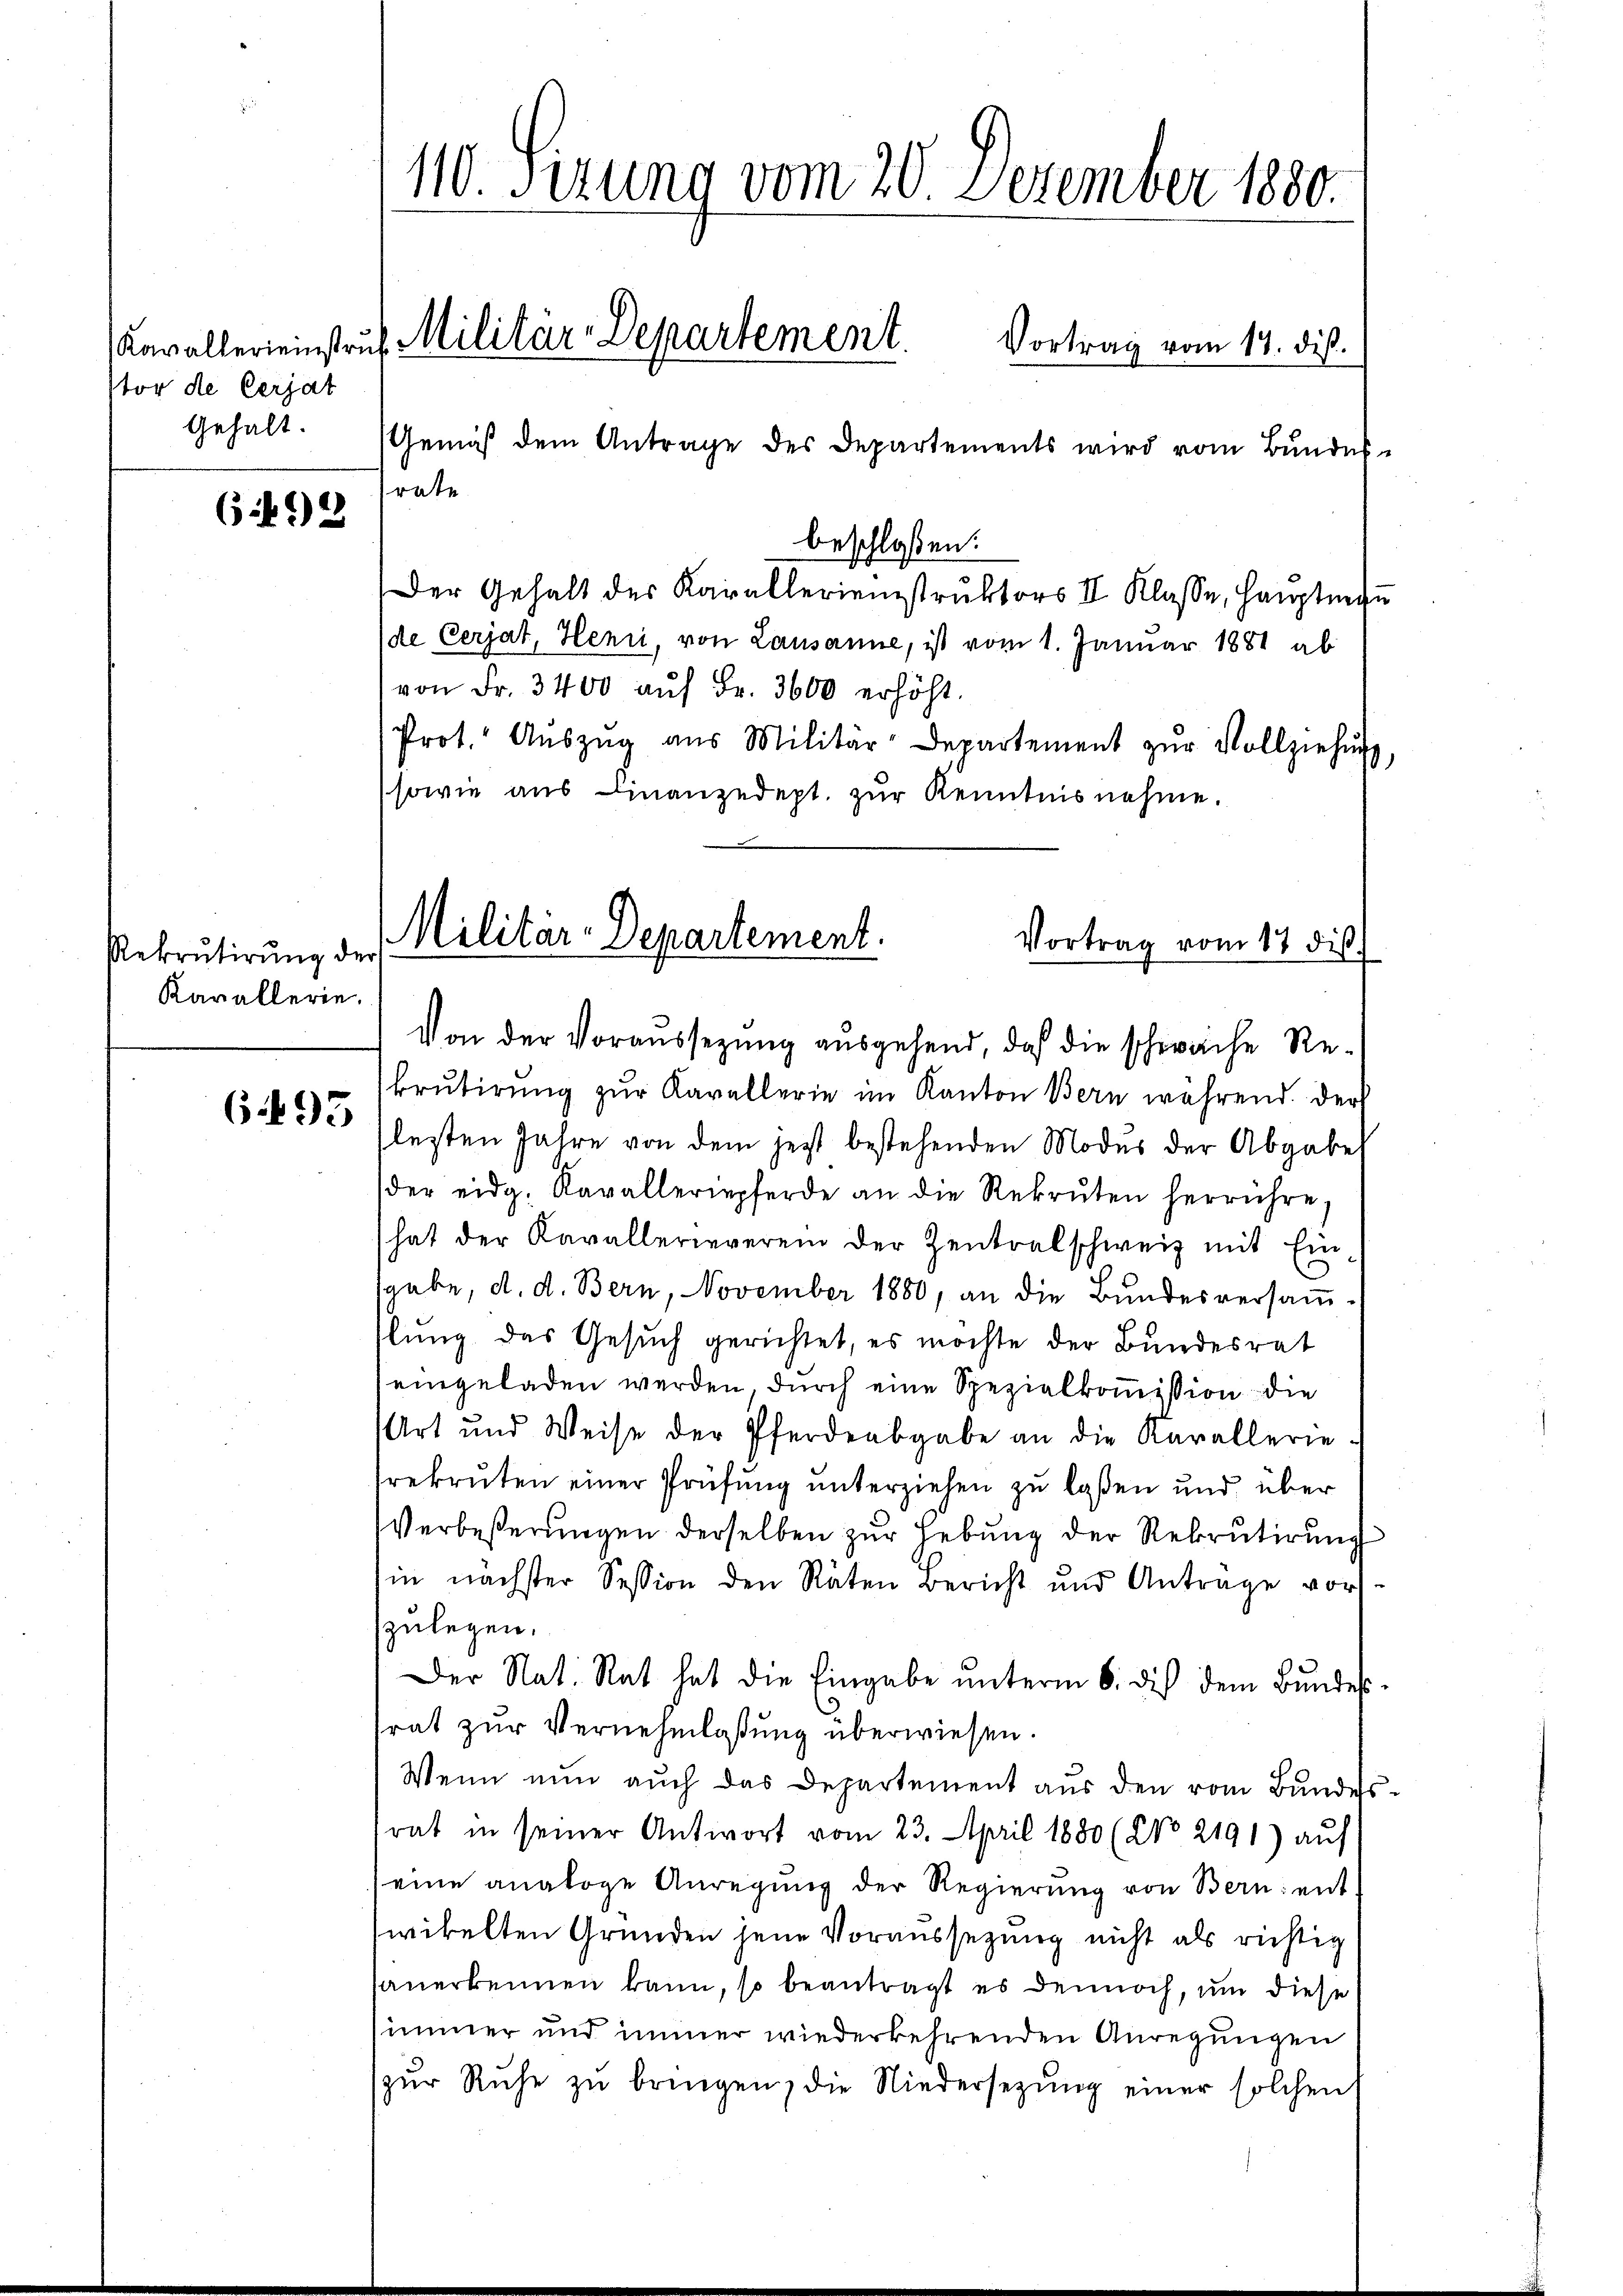
tor de Cerjat
Gehalt.

6498

Rekrutirung de
Kavallerie.

6495

110. Sizung vom 20. Dezember 1880.
Kavallerienstrŭf Militär-Departement. Vortrag vom 14. dieß.

Gemäß dem Antrage des Departements wird vom Bundes
rate
beschloßen:
Der Gehalt des Karallerienstruktors II Klasse, Hauptma
(de Cerjat, Henii, von Lausanne, ist vom 1. Januar 1881 ab
von Fr. 3400 aŭf Fr. 3600 erhöht.
Prot. Aŭszŭg aŭs Militär-Departement zŭr Vollziehŭng
sowie aus Finanzedept. zur Kenntnisnehme.
Von der Voraussezung ausgehend, daß die schwache Rekrutirung zur Kavallerie im Kanton Bern während. Der
lesten Jahre von dem jetzt bestehenden Modus der Abgabe
der eidg. Kavalleriepferde an die Rekruten herrühre,
hat der Kavallerieverein der Zentralschweiz mit Einsgabe, d. d. Bern, November 1880, an die Bundesversaṁ-
slung das Gesuch gerichtet, es möchte der Bundesrat
eingeladen werden, durch eine Spezialkoṁission die
Art und Weise der Pferdeabgabe an die Karallerie-
rekruten einer Prüfung unterziehen zu laßen und über
Verbeßerŭngen derselben zŭr Hebung der Rekrutirung
in nächster Session den Räten Bericht und Antrage vor
zulegen.
Der Nat. Rat hat die Eingabe ŭnterm 6. die dem Bŭndes
trat zur Vernehmlassung überwiesen.
Wenn nun auch das Departement aus den vom Bundes
trat in seiner Antwort vom 23. April 1880 (No 2191) auf
eine analoge Anregŭng der Regierŭng von Bern: ent-
wikelten Gründen jene Voraussetzung nicht als richtig
sauerkennen kann, so beantragt es dennoch, um diese
immer und immer wiederkehrenden Anregungen
zŭr Ruhe zŭ bringen, die Niedersezung einer solchen

Militär-Departement.
Vortrag vom 17 dis

u